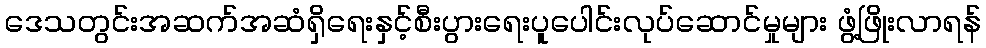
ဒေသတွင်းအဆက်အဆံရှိရေးနှင့်စီးပွားရေးပူပေါင်းလုပ်ဆောင်မှုများ ဖွံ့ဖြိုးလာရန်